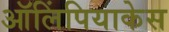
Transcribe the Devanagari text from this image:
ऑलिंपियाकेस